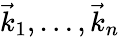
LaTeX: \vec{k}_{1},\dots,\vec{k}_{n}